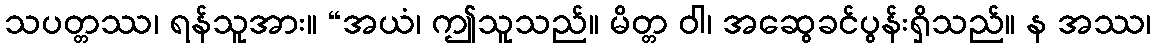
သပတ္တဿ၊ ရန်သူအား။ “အယံ၊ ဤသူသည်။ မိတ္တ ဝါ၊ အဆွေခင်ပွန်းရှိသည်။ န အဿ၊